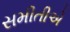
સમીતીએ